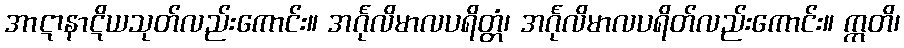
အာဋာနာဋိယသုတ်လည်းကောင်း။ အင်္ဂုလိမာလပရိတ္တံ၊ အင်္ဂုလိမာလပရိတ်လည်းကောင်း။ ဣတိ၊